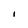
Character: I